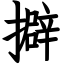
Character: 擗